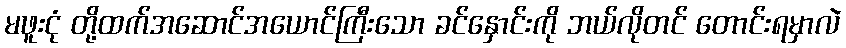
မဖူးငုံ တို့ထက်အဆောင်အယောင်ကြီးသော ခင်နှောင်းကို ဘယ်လိုတင် တောင်းရမှာလဲ